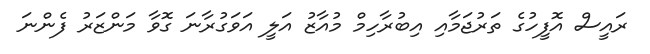
ރައީސް އޮފީހުގެ ތަރުޖަމާއި އިބުރާހިމް މުއާޒު އަލީ އަވަގުރާނަ ގޮވާ މަންޒަރު ފެންނަ